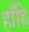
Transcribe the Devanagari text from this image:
हाँहि